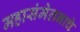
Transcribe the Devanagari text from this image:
महासंमेलनाचे